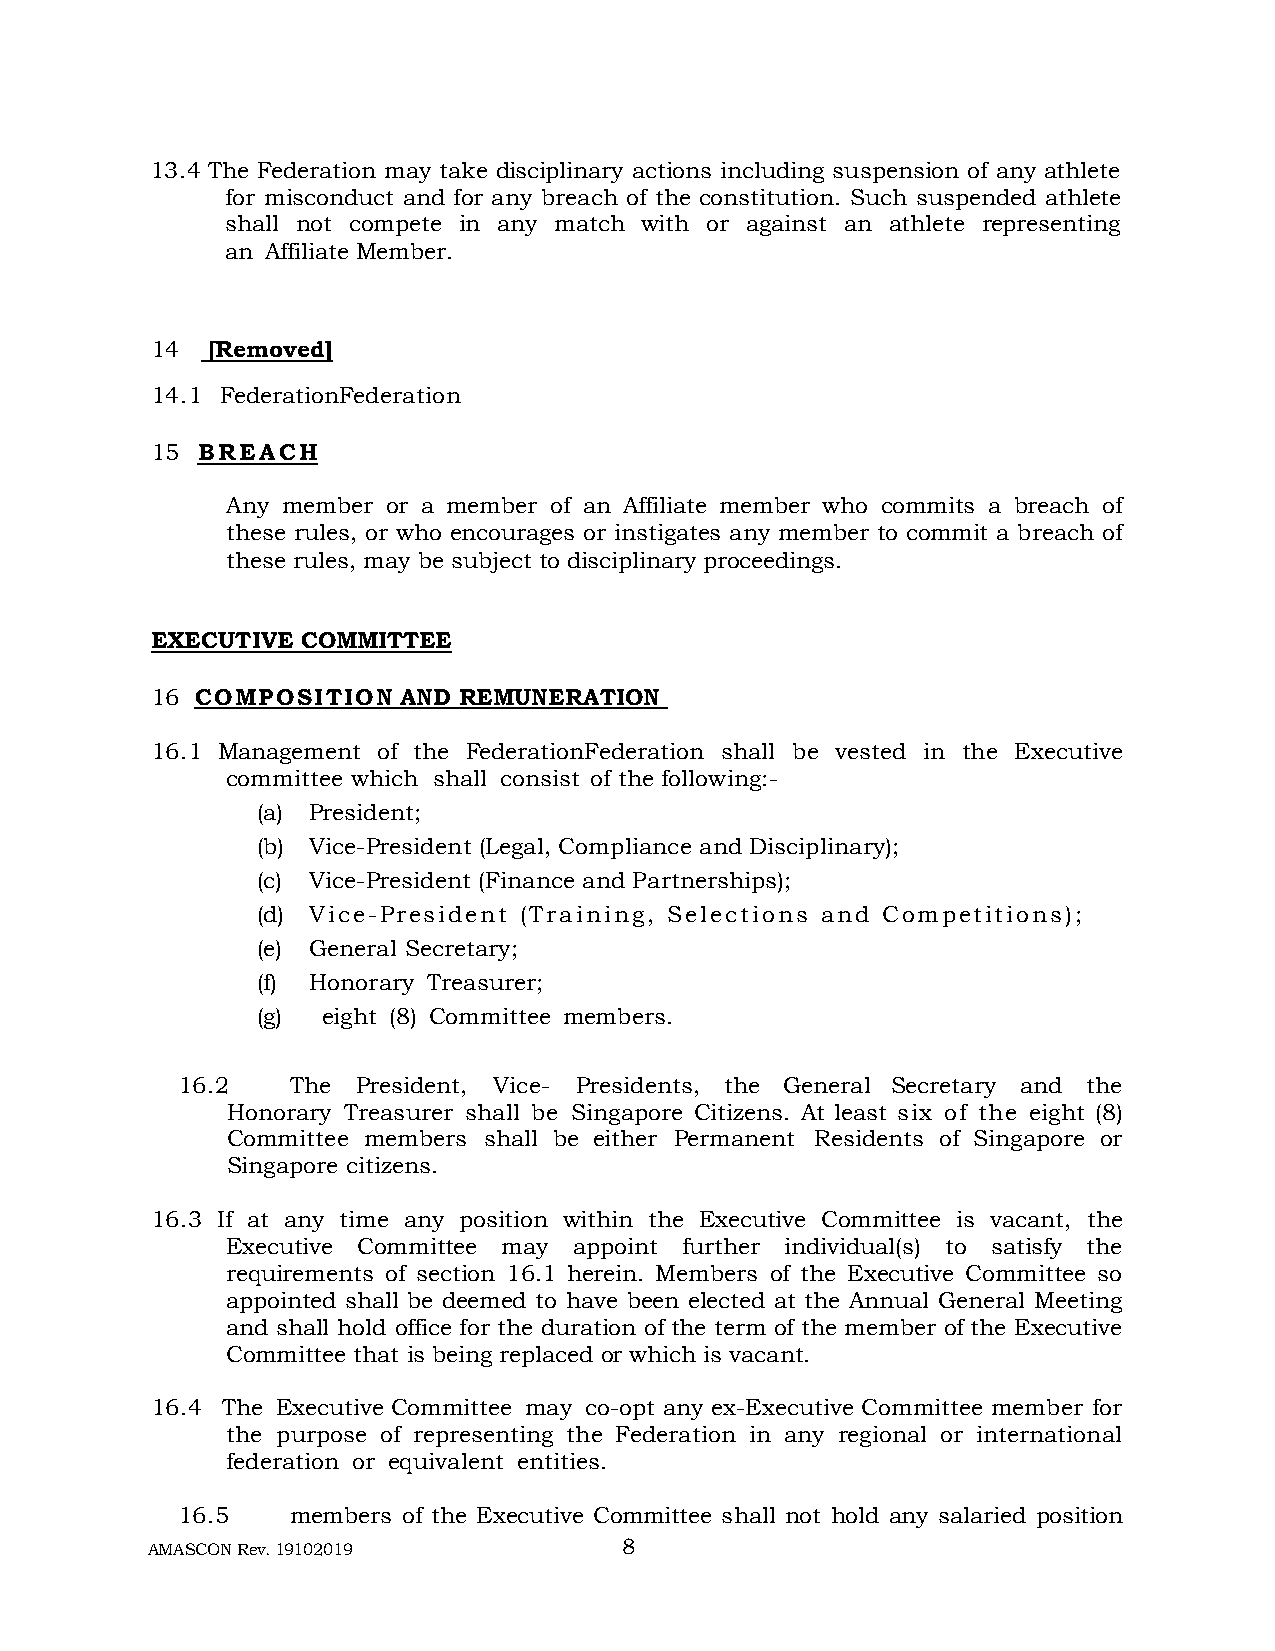
13.4 The Federation may take disciplinary actions including suspension of any athlete
 for misconduct and for any breach of the constitution. Such suspended athlete
 shall not compete in any match with or against an athlete representing
 an Affiliate Member.
 14  [Removed]
 14.1 FederationFederation
 15 B R E A C H
 Any member or a member of an Affiliate member who commits a breach of
 these rules, or who encourages or instigates any member to commit a breach of
 these rules, may be subject to disciplinary proceedings.
 EXECUTIVE COMMITTEE
 16 C O M P O S I T I O N AND REMUNERATION
 16.1 Management of the FederationFederation shall be vested in the Executive
 committee which shall consist of the following:-
 (a) President;
 (b) Vice-President (Legal, Compliance and Disciplinary);
 (c) Vice-President (Finance and Partnerships);
 (d) Vice-President (Training, Selections and Competitions);
 (e) General Secretary;
 (f) Honorary Treasurer;
 (g) eight (8) Committee members.
 16.2   The  President, Vice- Presidents, the General Secretary and the
 Honorary Treasurer shall be Singapore Citizens. At least six of the eight (8)
 Committee members shall be either Permanent Residents of Singapore or
 Singapore citizens.
 16.3 If at any time any position within the Executive Committee is vacant, the
 Executive Committee may appoint further individual(s) to satisfy the
 requirements of section 16.1 herein. Members of the Executive Committee so
 appointed shall be deemed to have been elected at the Annual General Meeting
 and shall hold office for the duration of the term of the member of the Executive
 Committee that is being replaced or which is vacant.
 16.4 The Executive Committee may co-opt any ex-Executive Committee member for
 the purpose of representing the Federation in any regional or international
 federation or equivalent entities.
 16.5   members of the Executive Committee shall not hold any salaried position
 AMASCON Rev. 19102019          8